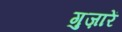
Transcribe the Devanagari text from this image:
गुज़ारें